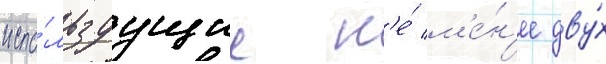
испо́льзуущие н'е́ м'е́н'ее дву́х